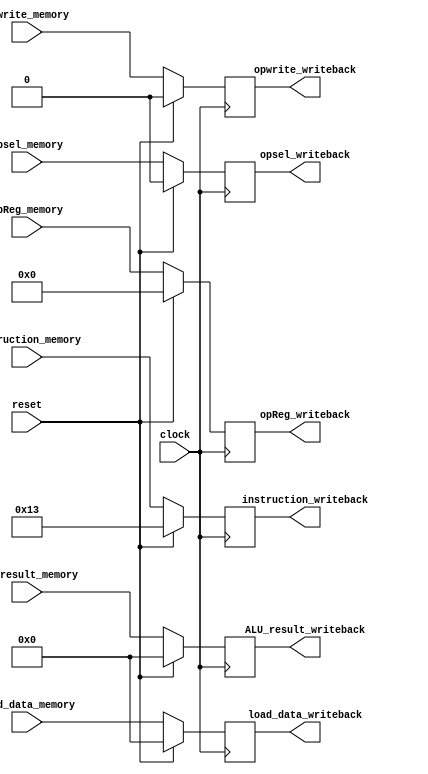
/** @module : memory_pipe_unit
 *  @author : Adaptive & Secure Computing Systems (ASCS) Laboratory
 
 *  Copyright (c) 2018 BRISC-V (ASCS/ECE/BU)
 *  Permission is hereby granted, free of charge, to any person obtaining a copy
 *  of this software and associated documentation files (the "Software"), to deal
 *  in the Software without restriction, including without limitation the rights
 *  to use, copy, modify, merge, publish, distribute, sublicense, and/or sell
 *  copies of the Software, and to permit persons to whom the Software is
 *  furnished to do so, subject to the following conditions:
 *  The above copyright notice and this permission notice shall be included in
 *  all copies or substantial portions of the Software.

 *  THE SOFTWARE IS PROVIDED "AS IS", WITHOUT WARRANTY OF ANY KIND, EXPRESS OR
 *  IMPLIED, INCLUDING BUT NOT LIMITED TO THE WARRANTIES OF MERCHANTABILITY,
 *  FITNESS FOR A PARTICULAR PURPOSE AND NONINFRINGEMENT. IN NO EVENT SHALL THE
 *  AUTHORS OR COPYRIGHT HOLDERS BE LIABLE FOR ANY CLAIM, DAMAGES OR OTHER
 *  LIABILITY, WHETHER IN AN ACTION OF CONTRACT, TORT OR OTHERWISE, ARISING FROM,
 *  OUT OF OR IN CONNECTION WITH THE SOFTWARE OR THE USE OR OTHER DEALINGS IN
 *  THE SOFTWARE.
 */
//////////////////////////////////////////////////////////////////////////////////


module memory_pipe_unit #(parameter  DATA_WIDTH = 32,
                          ADDRESS_BITS = 20)(

    input clock,reset,
    input [DATA_WIDTH-1:0] ALU_result_memory,
    input [DATA_WIDTH-1:0] load_data_memory,
    input opwrite_memory,
    input opsel_memory,
    input [4:0] opReg_memory,
    input [DATA_WIDTH-1:0] instruction_memory,

    output [DATA_WIDTH-1:0] ALU_result_writeback,
    output [DATA_WIDTH-1:0] load_data_writeback,
    output opwrite_writeback,
    output opsel_writeback,
    output [4:0] opReg_writeback,
    output [DATA_WIDTH-1:0] instruction_writeback
    );

localparam NOP = 32'h00000013;

reg    [DATA_WIDTH-1:0] ALU_result_memory_to_writeback;
reg    [DATA_WIDTH-1:0] load_data_memory_to_writeback;
reg    opwrite_memory_to_writeback;
reg    opsel_memory_to_writeback;
reg    [4:0] opReg_memory_to_writeback;
reg    [DATA_WIDTH-1:0] instruction_memory_to_writeback;

assign ALU_result_writeback = ALU_result_memory_to_writeback;
assign load_data_writeback  = load_data_memory_to_writeback;
assign opwrite_writeback    = opwrite_memory_to_writeback;
assign opsel_writeback      = opsel_memory_to_writeback;
assign opReg_writeback      = opReg_memory_to_writeback;
assign instruction_writeback= instruction_memory_to_writeback;

always @(posedge clock) begin
    if(reset) begin
        ALU_result_memory_to_writeback  <= {DATA_WIDTH{1'b0}};
        load_data_memory_to_writeback   <= {DATA_WIDTH{1'b0}};
        opwrite_memory_to_writeback     <= 1'b0;
        opsel_memory_to_writeback       <= 1'b0;
        opReg_memory_to_writeback       <= 5'b0;
        instruction_memory_to_writeback <= NOP;
    end
    else begin
        ALU_result_memory_to_writeback  <= ALU_result_memory;
        load_data_memory_to_writeback   <= load_data_memory;
        opwrite_memory_to_writeback     <= opwrite_memory;
        opsel_memory_to_writeback       <= opsel_memory;
        opReg_memory_to_writeback       <= opReg_memory;
        instruction_memory_to_writeback <= instruction_memory;
   end
end
endmodule